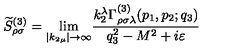
\widetilde { S } _ { \rho \sigma } ^ { ( 3 ) } = { \lim _ { \left| k _ { 2 \mu } \right| \rightarrow \infty } } \frac { k _ { 2 } ^ { \lambda } \Gamma _ { \rho \sigma \lambda } ^ { ( 3 ) } ( p _ { 1 } , p _ { 2 } ; q _ { 3 } ) } { q _ { 3 } ^ { 2 } - M ^ { 2 } + i \varepsilon }